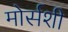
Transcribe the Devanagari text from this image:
मोर्सशी